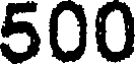
500